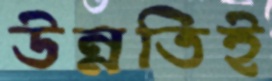
উন্নতিই